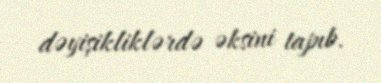
dəyişikliklərdə əksini tapıb.